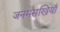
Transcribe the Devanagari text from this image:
जनमसखियाँ